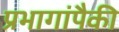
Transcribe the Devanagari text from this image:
प्रभागांपैकी